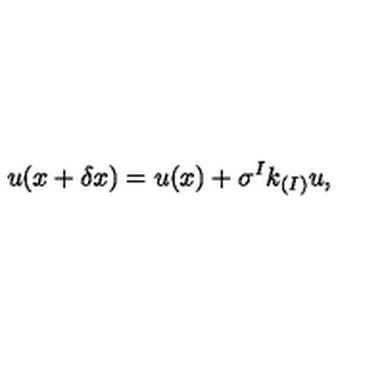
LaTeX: u ( x + \delta x ) = u ( x ) + \sigma ^ { I } k _ { ( I ) } u ,